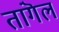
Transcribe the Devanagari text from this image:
तांगॆल